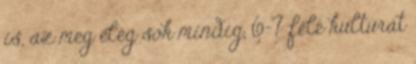
is, az meg elég sok mindig, 6-7 féle kultúrát